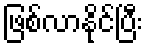
ဖြစ်လာနိုင်ပြီး